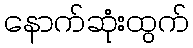
နောက်ဆုံးထွက်